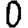
Digit: 0